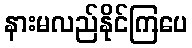
နားမလည်နိုင်ကြပေ